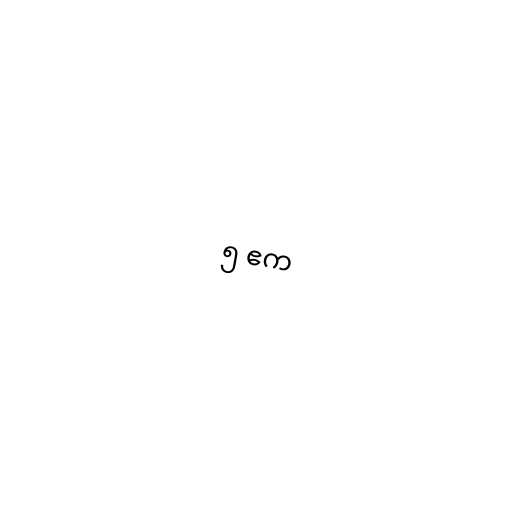
၅ ဧက